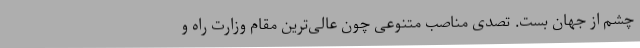
چشم از جهان بست. تصدی مناصب متنوعی چون عالی‌ترین مقام وزارت راه و